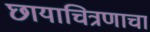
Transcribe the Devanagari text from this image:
छायाचित्रणाचा